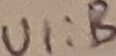
Text: UI:B